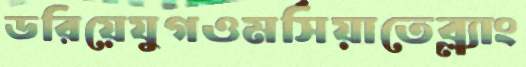
ডরিয়েযুগওমর্সিয়াতেব্ল্যাং